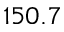
1 5 0 . 7